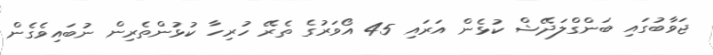
ޖަވާބުގައި ބަންގްލަދޭޝް ކުޅެން އަރައި 45 އޯވަރުގެ ތެރޭ ހުރިހާ ކުޅުންތެރިން ނުބައިވެގެން